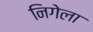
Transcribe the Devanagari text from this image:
निगेला